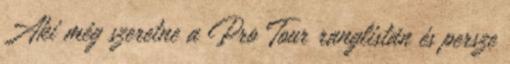
Aki még szeretne a Pro Tour ranglistán és persze